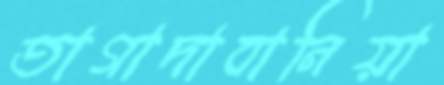
তাগাদাবানিয়া